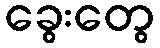
ခွေးတွေ